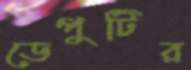
ডেপুটির